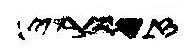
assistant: נוראי